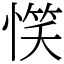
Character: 𢞖